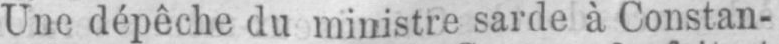
Une dépêche du ministre sarde à Constan-